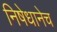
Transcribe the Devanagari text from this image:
निषेधानेच